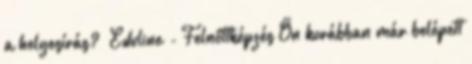
a helyesírás? »Eduline - Felnőttképzés Ön korábban már belépett